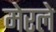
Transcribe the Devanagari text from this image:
मेरले